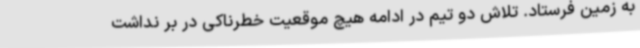
به زمین فرستاد. تلاش دو تیم در ادامه هیچ موقعیت خطرناکی در بر نداشت